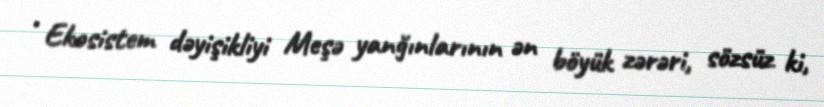
• Ekosistem dəyişikliyi Meşə yanğınlarının ən böyük zərəri, sözsüz ki,